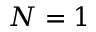
N = 1